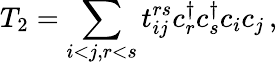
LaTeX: T_{2}=\sum_{i<j,r<s}t_{ij}^{rs}c_{r}^{\dagger}c_{s}^{\dagger}c_{i}c_{j}\, ,